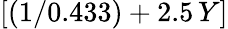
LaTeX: [(1/0.433)+2.5\, Y]